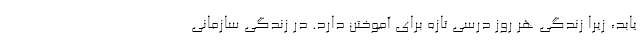
یابد، زیرا زندگی هر روز درسی تازه برای آموختن دارد. در زندگی سازمانی